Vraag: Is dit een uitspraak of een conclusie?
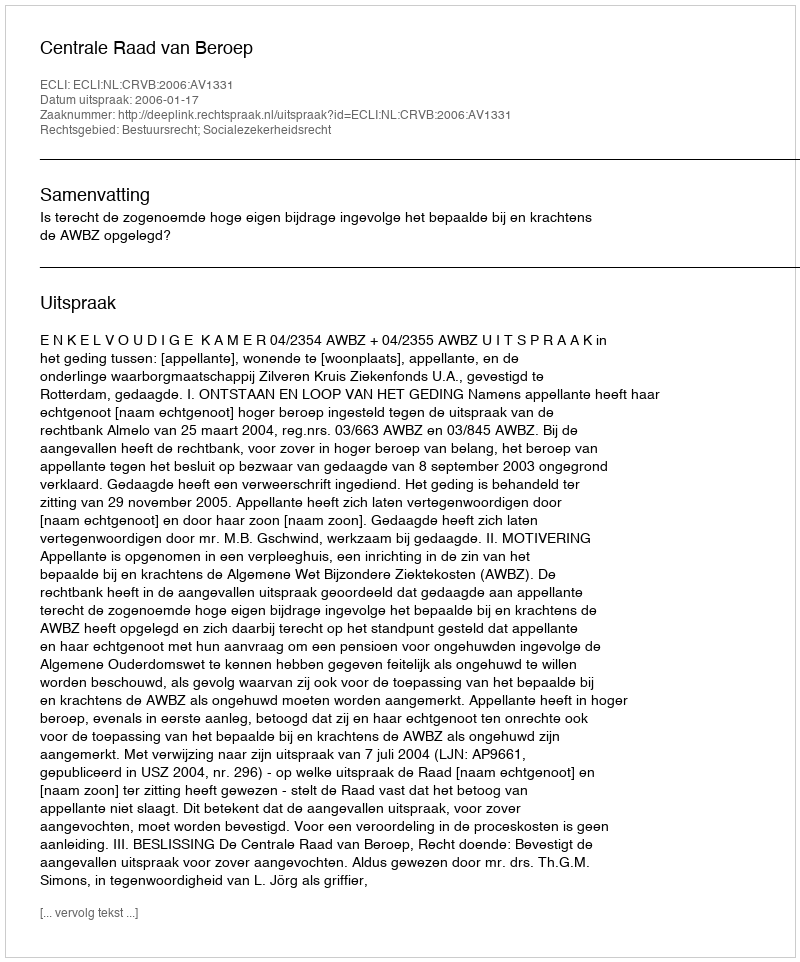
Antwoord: Uitspraak